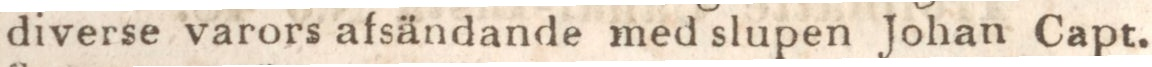
diverse varors afsändande med slupen Johan Capt.